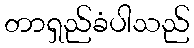
တာရှည်ခံပါသည်